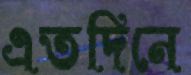
এতদিনে